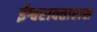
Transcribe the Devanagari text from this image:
ईश्वरावतारास